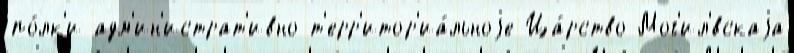
по́лк'и адм'ин'истрат'ивно-т'ерр'итор'иа́льноjе Ца́рство Мог'ил'́вскаjа